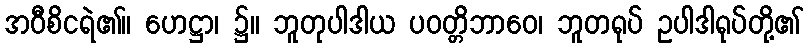
အဝီစိငရဲ၏။ ဟေဋ္ဌာ၊ ၌။ ဘူတုပါဒါယ ပဝတ္တိဘာဝေ၊ ဘူတရုပ် ဥပါဒါရုပ်တို့၏